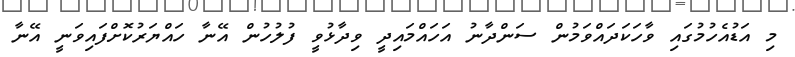
މި އަޑުއެހުމުގައި ވާހަކަދައްވަމުން ސަންދާނު އަހައްމައިދީ ވިދާޅުވީ ފުލުހުން އޭނާ ހައްޔަރުކޮށްފައިވަނީ އޭނާ